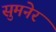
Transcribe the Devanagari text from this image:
सुमनेर